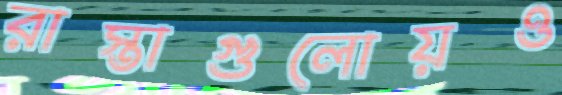
রাস্তাগুলোয়ও